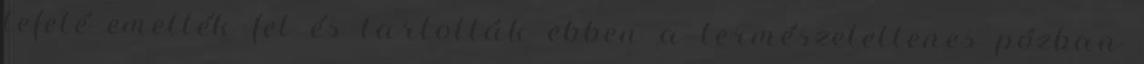
lefelé emelték fel és tartották ebben a természetellenes pózban